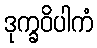
ဒုက္ခဝိပါကံ